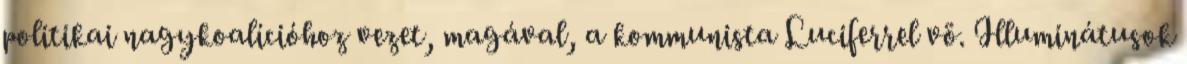
politikai nagykoalícióhoz vezet, magával, a kommunista Lu­ci­ferrel vö. Illu­mi­nátusok